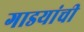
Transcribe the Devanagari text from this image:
गाडयांची